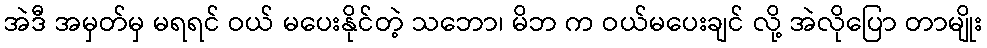
အဲဒီ အမှတ်မှ မရရင် ဝယ် မပေးနိုင်တဲ့ သဘော၊ မိဘ က ဝယ်မပေးချင် လို့ အဲလိုပြော တာမျိုး